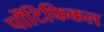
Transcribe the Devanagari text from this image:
पोंटिफिकल